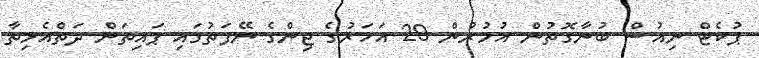
ޕުކެޓް ނިއުސް ބުނާގޮތުން އުމުރުން 29 އަހަރުގެ ޖިންގެ ނޭފަތުގައި ޕައިތަން ދަތްއެޅިތާ